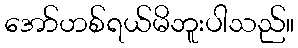
အော်ဟစ်ရယ်မိဘူးပါသည်။